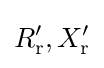
R_{\text{r}}',X_{\text{r}}'